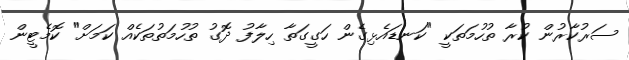
ސަރުކާރުން ކުރާ ތުހުމަތަކީ "ކަނޑައެޅިގެން ހަގީގަތާ ހިލާފު ދޮގު ތުހުމަތުތަކެއް ކަމަށް" ކޮމެޓީން